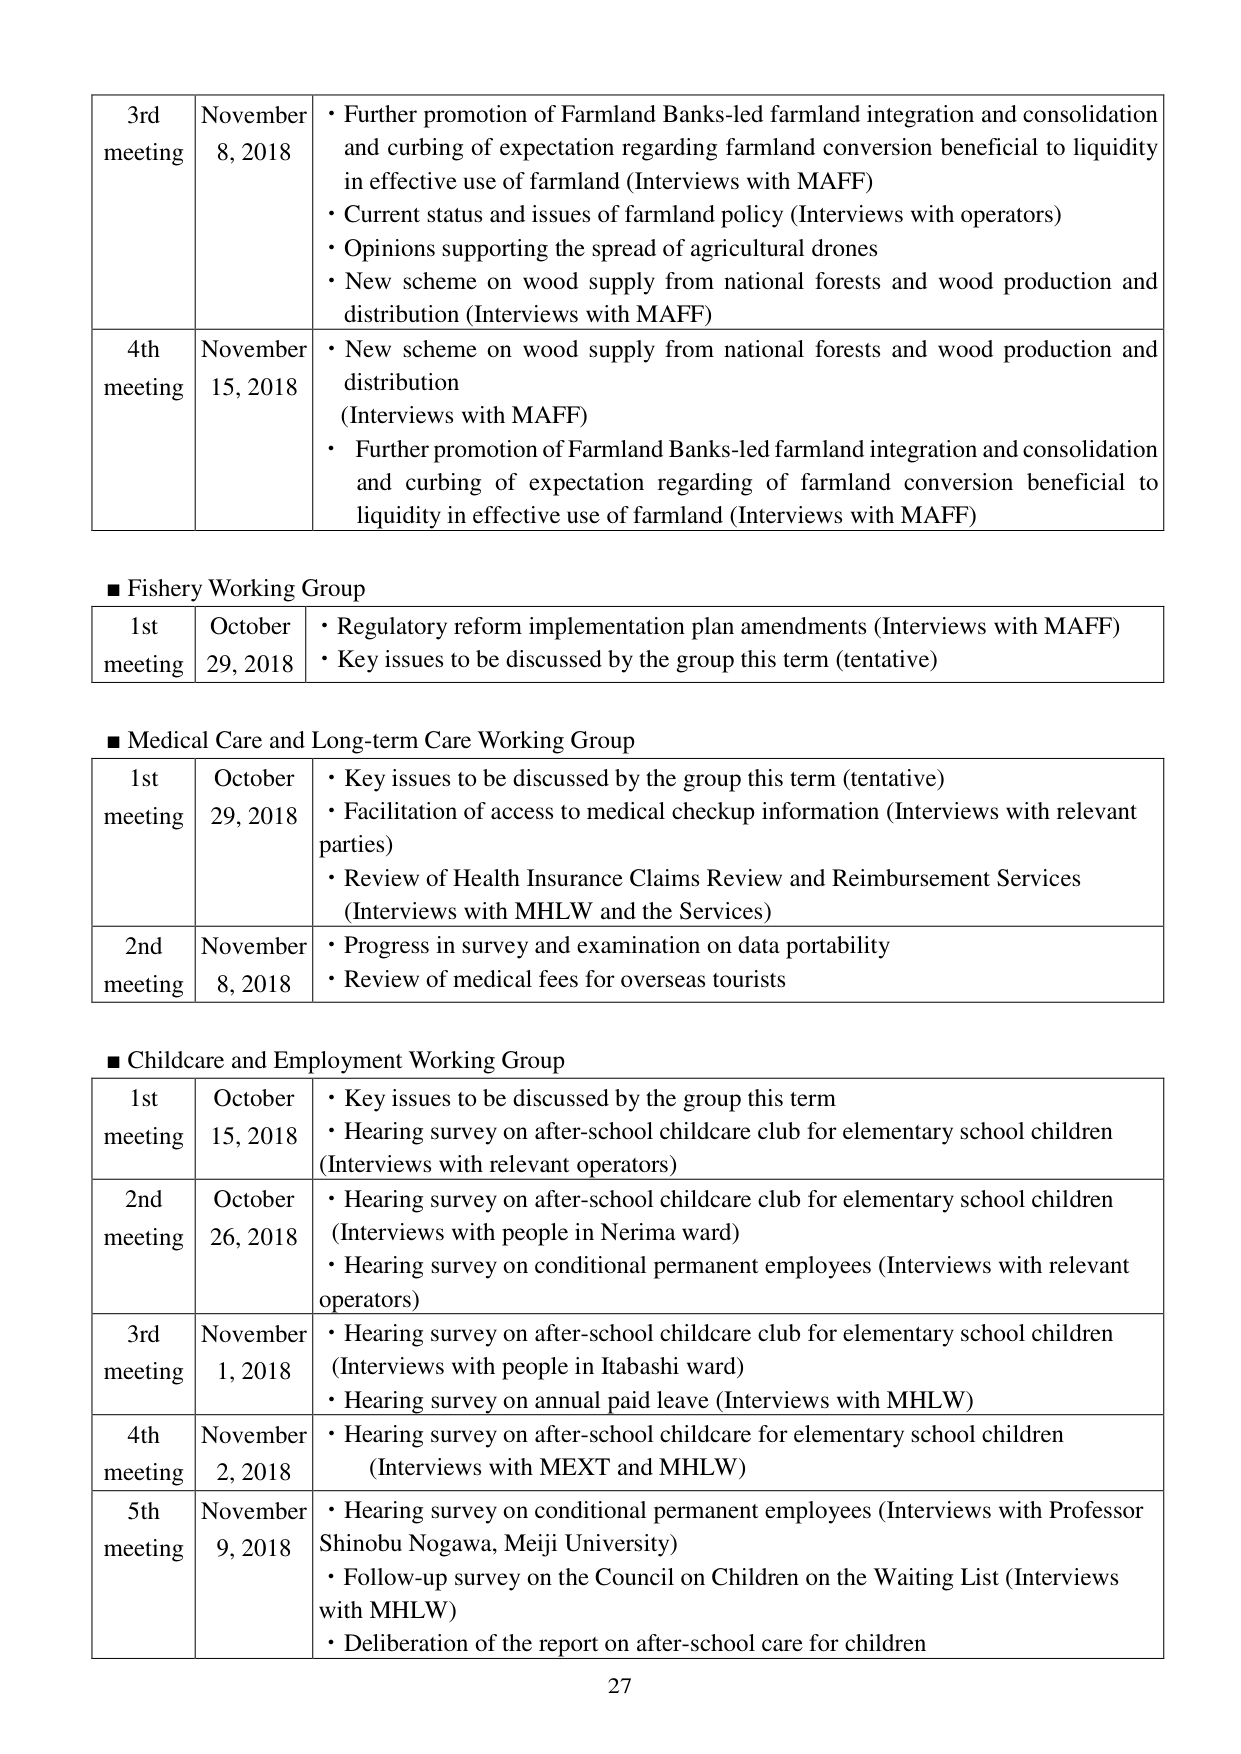
3rd meeting November 8, 2018 • Further promotion of Farmland Banks-led farmland integration and consolidation and curbing of expectation regarding farmland conversion beneficial to liquidity in effective use of farmland (Interviews with MAFF) • Current status and issues of farmland policy (Interviews with operators) • Opinions supporting the spread of agricultural drones • New scheme on wood supply from national forests and wood production and distribution (Interviews with MAFF) 4th meeting November 15, 2018 • New scheme on wood supply from national forests and wood production and distribution (Interviews with MAFF) • Further promotion of Farmland Banks-led farmland integration and consolidation and curbing of expectation regarding of farmland conversion beneficial to liquidity in effective use of farmland (Interviews with MAFF) ■ Fishery Working Group 1st meeting October 29, 2018 • Regulatory reform implementation plan amendments (Interviews with MAFF) • Key issues to be discussed by the group this term (tentative) ■ Medical Care and Long-term Care Working Group 1st meeting October 29, 2018 • Key issues to be discussed by the group this term (tentative) • Facilitation of access to medical checkup information (Interviews with relevant parties) • Review of Health Insurance Claims Review and Reimbursement Services (Interviews with MHLW and the Services) 2nd meeting November 8, 2018 • Progress in survey and examination on data portability • Review of medical fees for overseas tourists ■ Childcare and Employment Working Group 1st meeting October 15, 2018 • Key issues to be discussed by the group this term • Hearing survey on after-school childcare club for elementary school children (Interviews with relevant operators) 2nd meeting October 26, 2018 • Hearing survey on after-school childcare club for elementary school children (Interviews with people in Nerima ward) • Hearing survey on conditional permanent employees (Interviews with relevant operators) 3rd meeting November 1, 2018 • Hearing survey on after-school childcare club for elementary school children (Interviews with people in Itabashi ward) • Hearing survey on annual paid leave (Interviews with MHLW) 4th meeting November 2, 2018 • Hearing survey on after-school childcare for elementary school children (Interviews with MEXT and MHLW) 5th meeting November 9, 2018 • Hearing survey on conditional permanent employees (Interviews with Professor Shinobu Nogawa, Meiji University) • Follow-up survey on the Council on Children on the Waiting List (Interviews with MHLW) • Deliberation of the report on after-school care for children 27